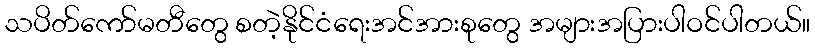
သပိတ်ကော်မတီတွေ စတဲ့နိုင်ငံရေးအင်အားစုတွေ အများအပြားပါဝင်ပါတယ်။